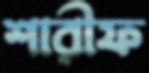
শারীফ